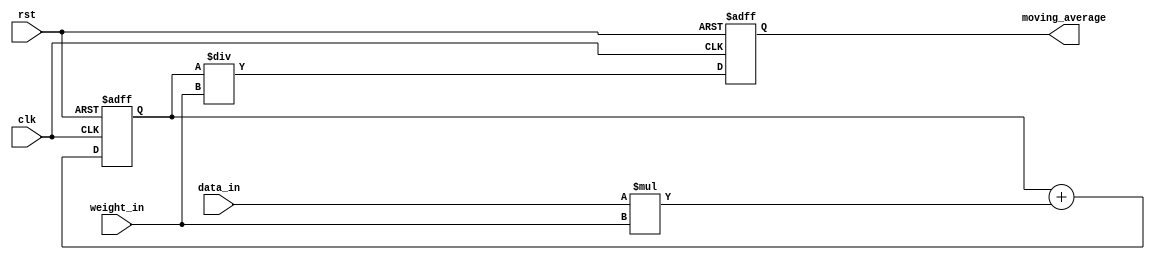
module weighted_moving_average_accumulator (
  input wire clk,
  input wire rst,
  input wire signed [15:0] data_in,
  input wire signed [15:0] weight_in,
  output reg signed [31:0] moving_average
);

reg signed [31:0] accumulated_sum;

always @(posedge clk or posedge rst) begin
  if (rst) begin
    accumulated_sum <= 0;
    moving_average <= 0;
  end else begin
    accumulated_sum <= accumulated_sum + (data_in * weight_in);
    moving_average <= accumulated_sum / weight_in;
  end
end

endmodule